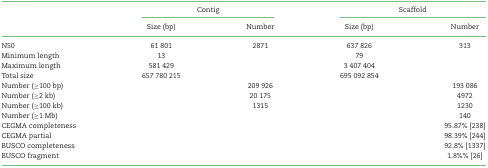
<table><thead><tr><td></td><td colspan="2"><b>Contig</b></td><td colspan="2"><b>Scaffold</b></td></tr><tr><td></td><td><b>Size (bp)</b></td><td><b>Number</b></td><td><b>Size (bp)</b></td><td><b>Number</b></td></tr></thead><tbody><tr><td>N50</td><td>61 801</td><td>2871</td><td>637 826</td><td>313</td></tr><tr><td>Minimum length</td><td>13</td><td></td><td>79</td><td></td></tr><tr><td>Maximum length</td><td>581 429</td><td></td><td>3 407 404</td><td></td></tr><tr><td>Total size</td><td>657 780 215</td><td></td><td>695 092 854</td><td></td></tr><tr><td>Number (≥100 bp)</td><td></td><td>209 926</td><td></td><td>193 086</td></tr><tr><td>Number (≥2 kb)</td><td></td><td>20 175</td><td></td><td>4972</td></tr><tr><td>Number (≥100 kb)</td><td></td><td>1315</td><td></td><td>1230</td></tr><tr><td>Number (≥1 Mb)</td><td></td><td></td><td></td><td>140</td></tr><tr><td>CEGMA completeness</td><td></td><td></td><td></td><td>95.87% [238]</td></tr><tr><td>CEGMA partial</td><td></td><td></td><td></td><td>98.39% [244]</td></tr><tr><td>BUSCO completeness</td><td></td><td></td><td></td><td>92.8% [1337]</td></tr><tr><td>BUSCO fragment</td><td></td><td></td><td></td><td>1.8%% [26]</td></tr></tbody></table>